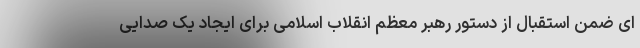
ای ضمن استقبال از دستور رهبر معظم انقلاب اسلامی برای ایجاد یک صدایی